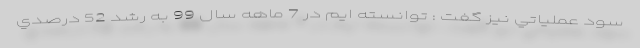
سود عملياتي نيز گفت : توانسته ايم در 7 ماهه سال 99 به رشد 52 درصدي